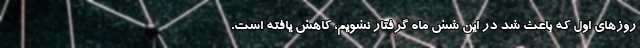
روزهای اول که باعث شد در این شش ماه گرفتار نشویم، کاهش یافته است.